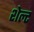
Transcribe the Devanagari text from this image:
शेल्ट